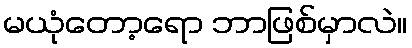
မယုံတော့ရော ဘာဖြစ်မှာလဲ။